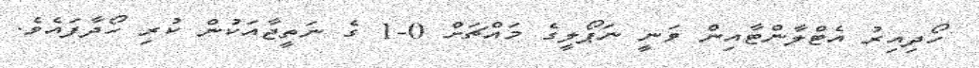
ހޯދިއިރު އެޓްލާންޓާއިން ވަނީ ނަޕޯލީގެ މައްޗަށް 0-1 ގެ ނަތީޖާއަކުން ކުރި ހޯދާފައެވެ.